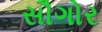
સૌગોર